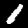
Digit: 1